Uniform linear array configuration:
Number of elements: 8
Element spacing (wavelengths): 1
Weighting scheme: kaiser
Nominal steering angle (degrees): -30
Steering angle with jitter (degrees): -28.569
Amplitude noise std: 0.05
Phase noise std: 0.05

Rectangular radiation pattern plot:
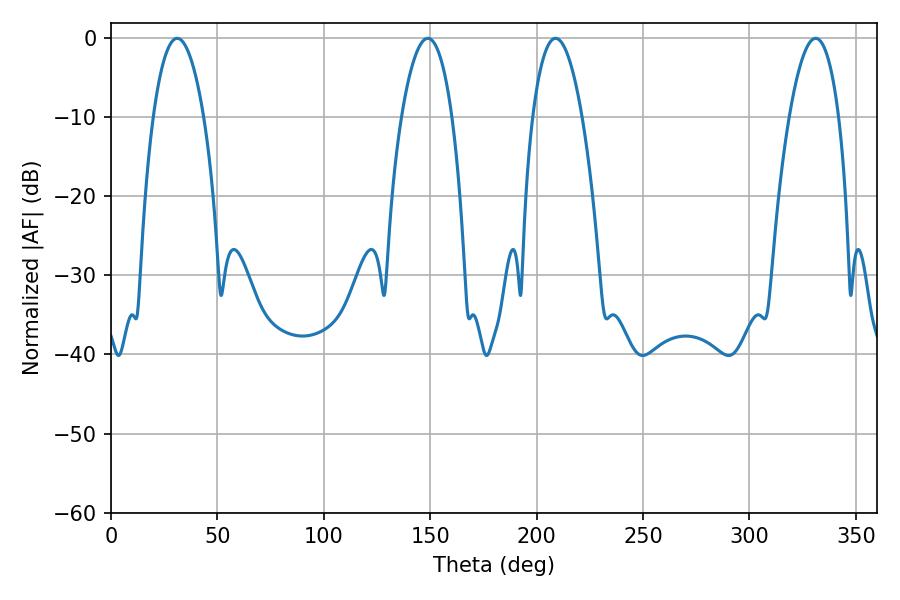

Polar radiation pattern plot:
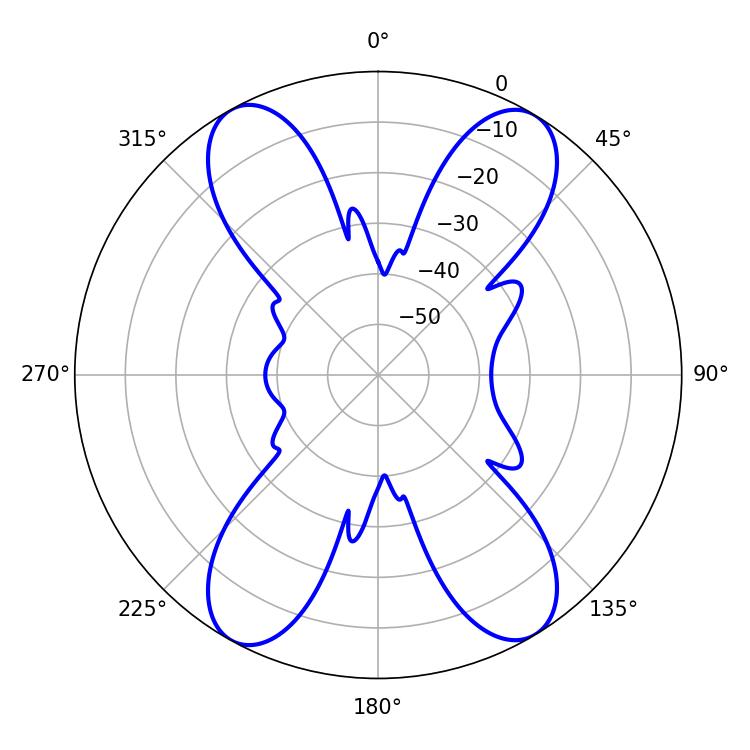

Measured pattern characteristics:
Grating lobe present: TRUE
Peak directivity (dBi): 19.902
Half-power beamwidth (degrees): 13.32
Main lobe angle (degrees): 31.14